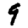
Digit: 9